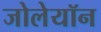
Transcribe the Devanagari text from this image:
जोलेयॉन